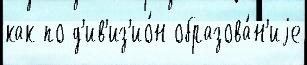
как по д'ив'из'ио́н образова́н'иjе